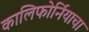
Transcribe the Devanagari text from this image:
कालिफोर्नियाचा